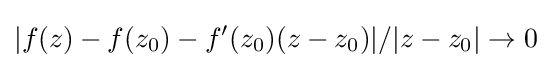
|f(z)-f(z_{0})-f'(z_{0})(z-z_{0})|/|z-z_{0}|\to 0